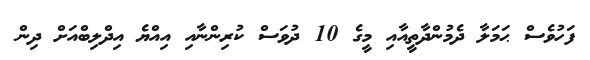
ފަހުވެސް ޙަމަލާ ދެމުންދާތީއާއި މީގެ 10 ދުވަސް ކުރިންނާއި އިއްޔެ އިދްލިބްއަށް ދިން